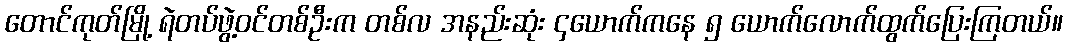
တောင်ကုတ်မြို့ ရဲတပ်ဖွဲ့ဝင်တစ်ဦးက တစ်လ အနည်းဆုံး ၄ယောက်ကနေ ၅ ယောက်လောက်ထွက်ပြေးကြတယ်။